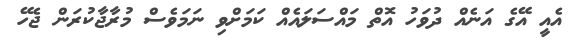
އެއީ އޭގެ އަނެއް ދުވަހު އޮތް މައްސަލައެއް ކަމަށްވި ނަމަވެސް މުރާޖާކުރަން ޖެހޭ